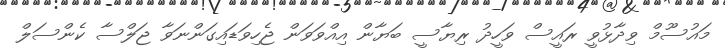
މައުސޫމް ވިދާޅުވީ ރައީސް ވަހީދު ރިޔާސީ ބަޔާން އިއްވަވަން ޖެހިވަޑައިގަންނަވާ ޖަލްސާ ކެންސަލް